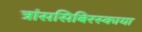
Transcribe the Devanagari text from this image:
त्रांससिबिरस्काया